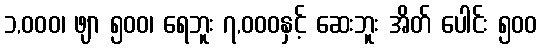
၁,၀၀၀၊ ဖျာ ၅၀၀၊ ရေဘူး ၇,၀၀၀နှင့် ဆေးဘူး အိတ် ပေါင်း ၅၀၀